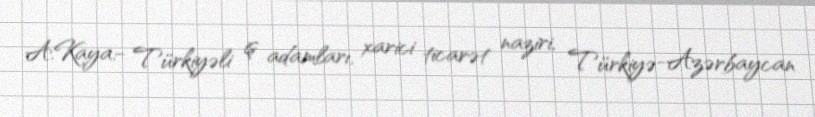
A.Kaya:- Türkiyəli iş adamları, xarici ticarət naziri, Türkiyə-Azərbaycan